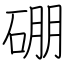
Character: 硼